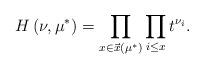
LaTeX: \begin{align*}H\left(\nu,\mu^* \right)=\prod_{x \in \vec{x}(\mu^*)}\prod_{i \leq x}t^{\nu_i}.\end{align*}